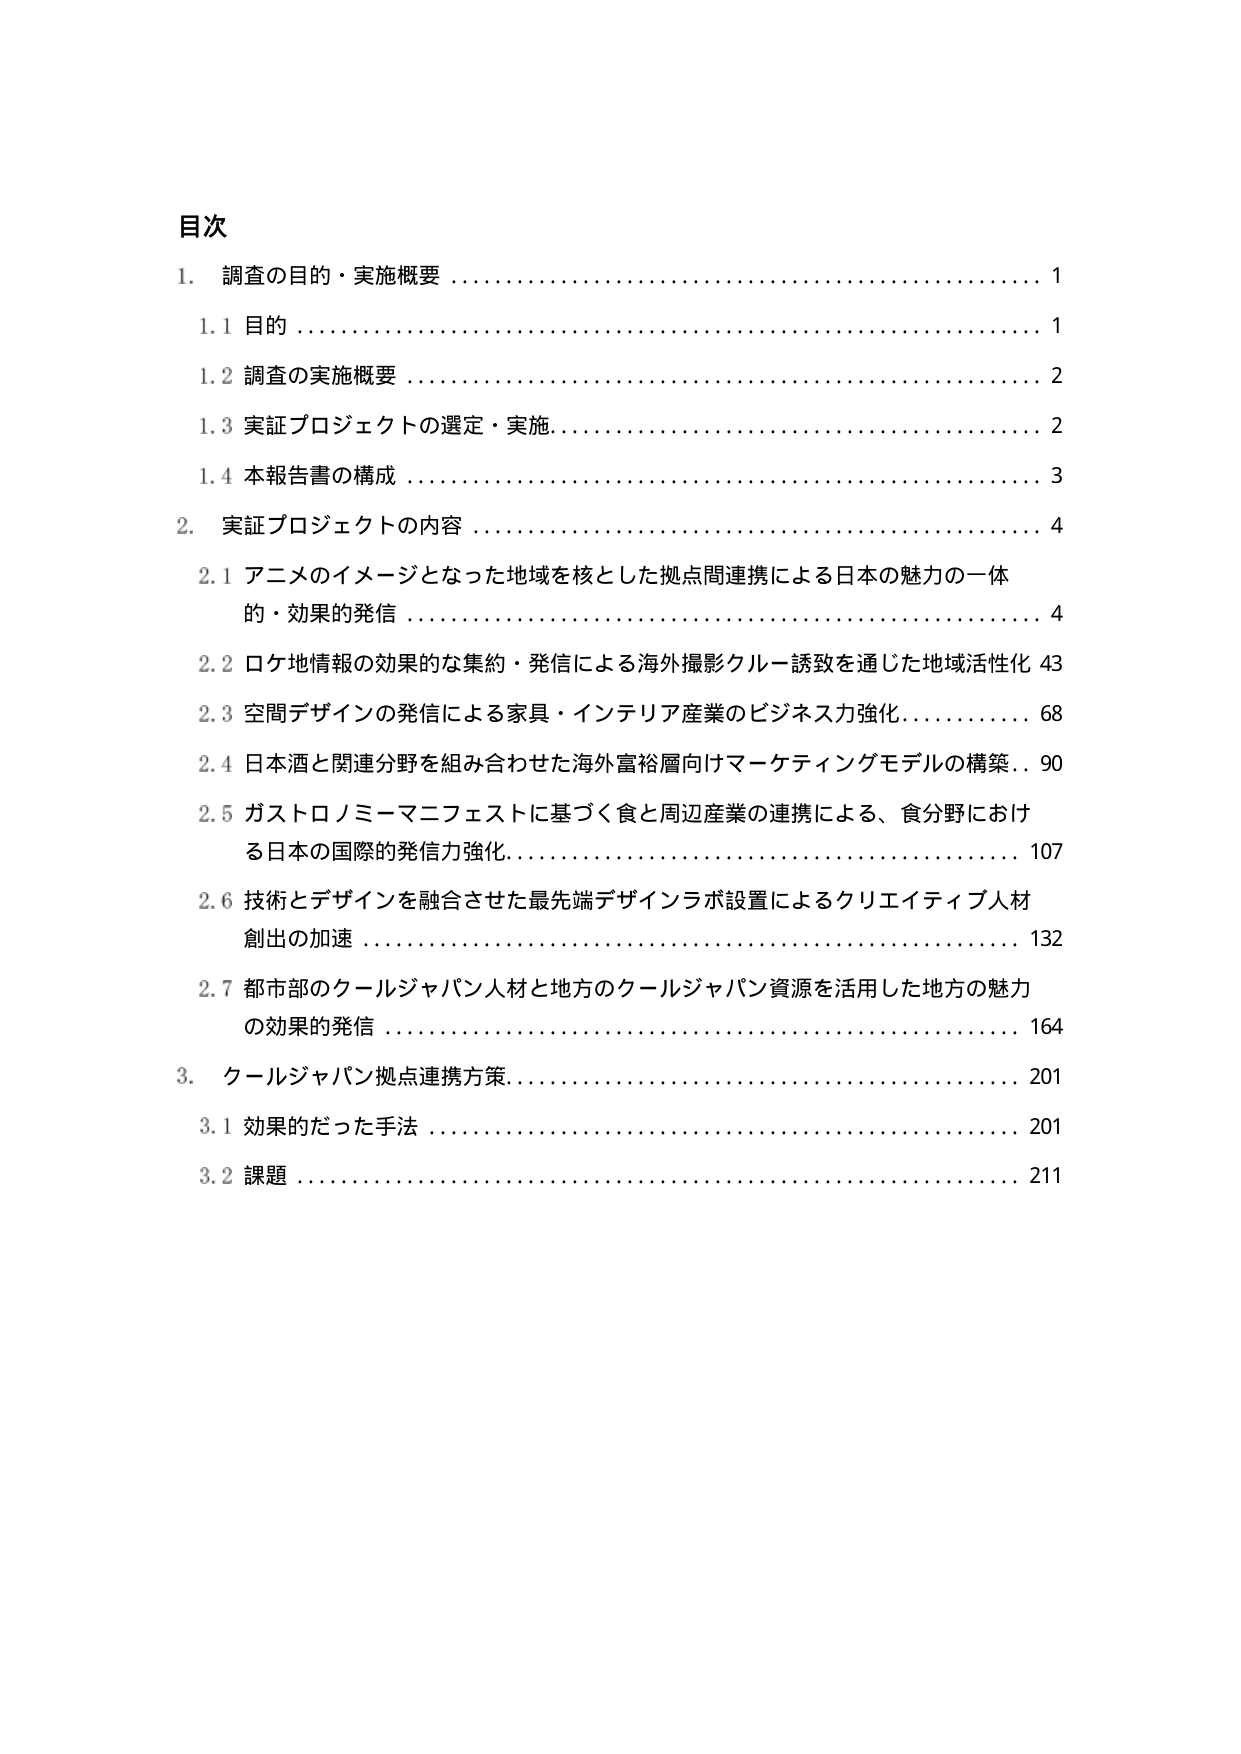
目次
1. 調査の目的・実施概要 …………………………………………………… 1
　1.1 目的 ……………………………………………………………………… 1
　1.2 調査の実施概要 ………………………………………………………… 2
　1.3 実証プロジェクトの選定・実施 ………………………………………… 2
　1.4 本報告書の構成 ………………………………………………………… 3
2. 実証プロジェクトの内容 ………………………………………………… 4
　2.1 アニメのイメージとなった地域を核とした拠点間連携による日本の魅力の一体的・効果的発信 …………………………………………………… 4
　2.2 ロケ地情報の効果的な集約・発信による海外撮影クルー誘致を通じた地域活性化 43
　2.3 空間デザインの発信による家具・インテリア産業のビジネス力強化 ………… 68
　2.4 日本酒と関連分野を組み合わせた海外富裕層向けマーケティングモデルの構築 … 90
　2.5 ガストロノミーマニフェストに基づく食と周辺産業の連携による、食分野における日本の国際的発信力強化 …………………………………………………… 107
　2.6 技術とデザインを融合させた最先端デザインラボ設置によるクリエイティブ人材創出の加速 ……………………………………………………………………… 132
　2.7 都市部のクールジャパン人材と地方のクールジャパン資源を活用した地方の魅力の効果的発信 ……………………………………………………………………… 164
3. クールジャパン拠点連携方策 …………………………………………… 201
　3.1 効果的だった手法 ……………………………………………………… 201
　3.2 課題 ……………………………………………………………………… 211